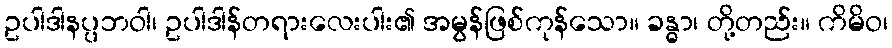
ဥပါဒါနပ္ပဘဝါ၊ ဥပါဒါန်တရားလေးပါး၏ အမွန်ဖြစ်ကုန်သော။ ခန္ဓာ၊ တို့တည်း။ ကိမိဝ၊